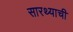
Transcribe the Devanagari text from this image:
सारथ्याची